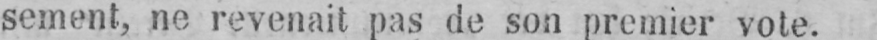
sement, ne revenait pas de son premier vote.